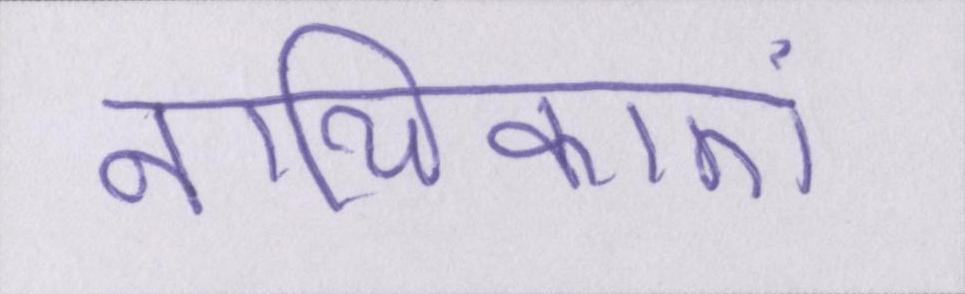
नायिकाएं